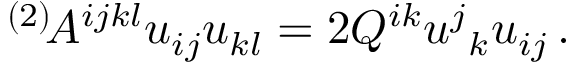
{ } ^ { ( 2 ) } \! A ^ { i j k l } u _ { i j } u _ { k l } = 2 Q ^ { i k } u ^ { j } { } _ { k } u _ { i j } \, .